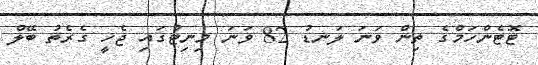
ޓޮޓެންހަމްގެ ތިން ވަނަ ލަނޑު 82 ވަނަ މިނިޓުގައި ޖެހީ ގެރެތު ބޭލް